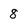
Character: 8